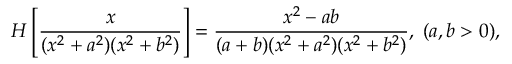
H \left[ \frac { x } { ( x ^ { 2 } + a ^ { 2 } ) ( x ^ { 2 } + b ^ { 2 } ) } \right] = \frac { x ^ { 2 } - a b } { ( a + b ) ( x ^ { 2 } + a ^ { 2 } ) ( x ^ { 2 } + b ^ { 2 } ) } , \; ( a , b > 0 ) ,